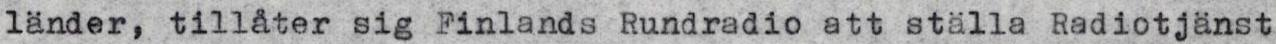
länder, tillåter sig Finlands Rundradio att ställa Radiotjänst